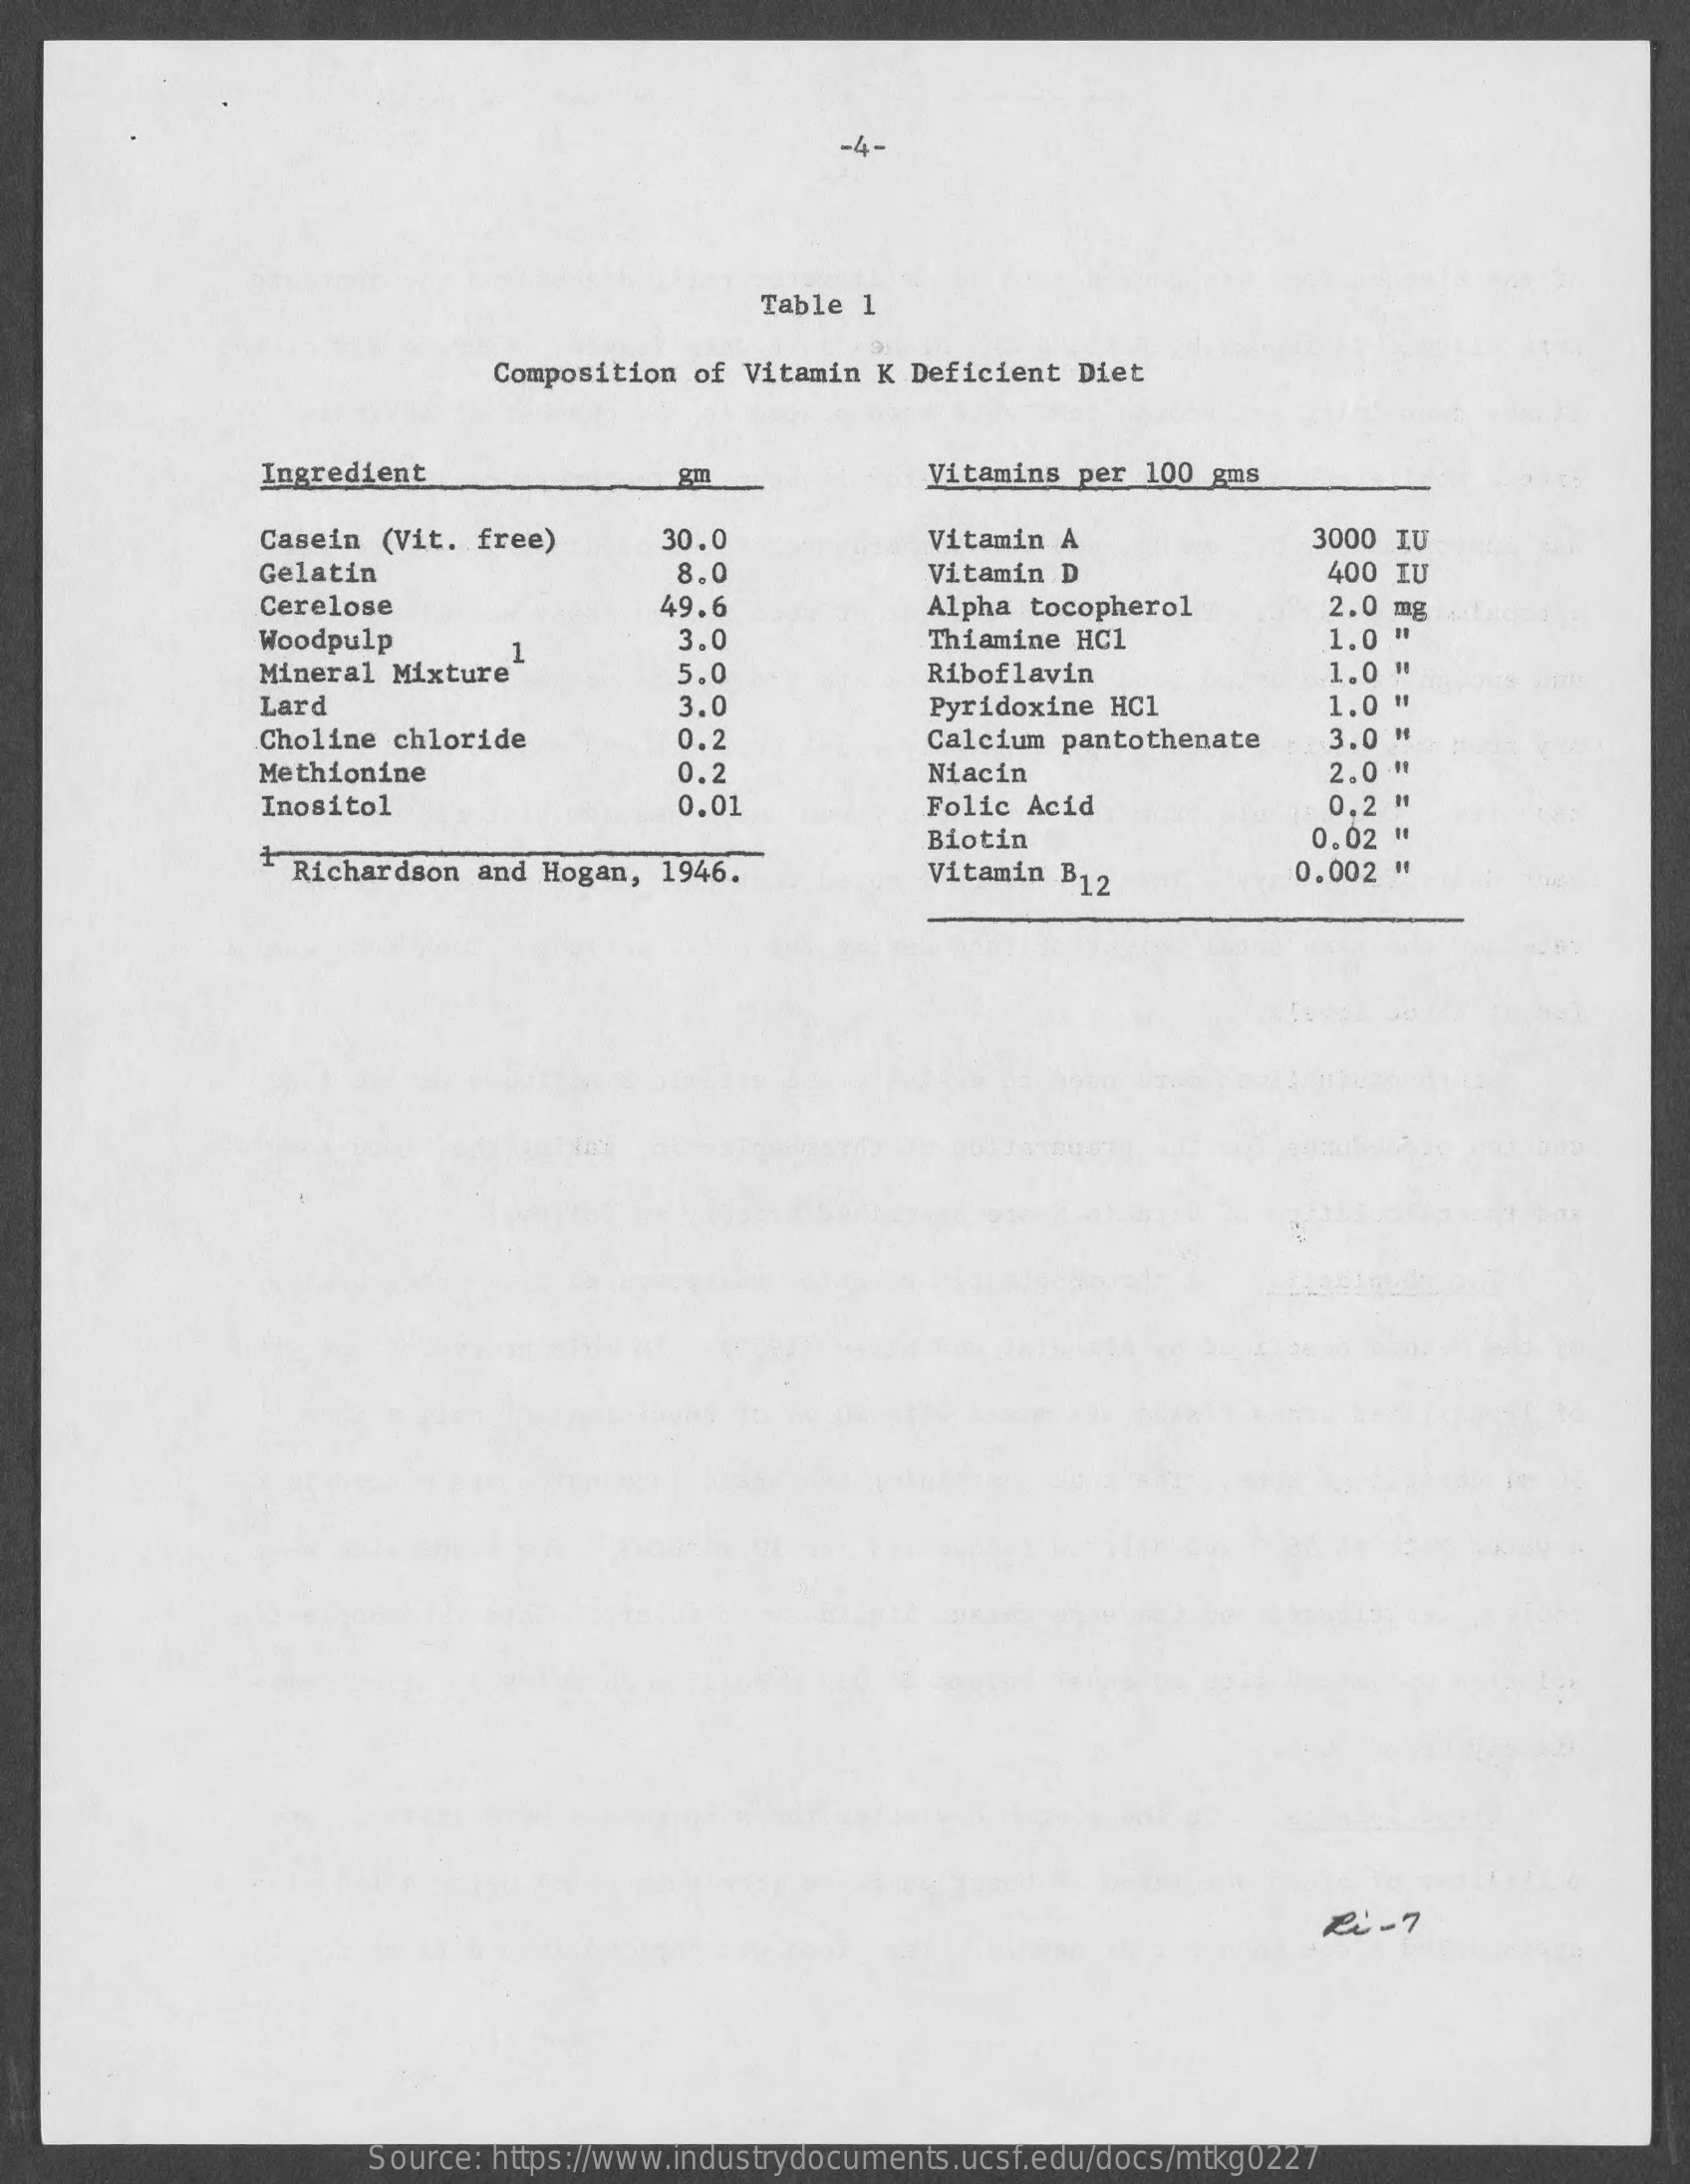
-4-
     Table 1
     Composition of Vitamin K Deficient  Diet
     Ingredient    gm    Vitamins per 100 gms
     Casein  (Vit. free)    30.0    Vitamin A    3000 IU
     Gelatin    8.0    Vitamin D    400 IU
     Cerelose    49.6    Alpha tocopherol    2.0 mg
     Woodpulp    3.0    Thiamine HC1    1.0 "
     Mineral Mixture
     1
     5,0    Riboflavin    1.0 "
     Lard    3.0    Pyridoxine HC1    1.0 "
     Choline chloride    0.2    Calcium pantothenate    3.0 *
     Methionine    0.2    Niacin    2.0 "
     Inositol    0.01    Folic Acid    0.2 H
     Richardson  and Hogan, 1946.
     Biotin    0.02 "
     Vitamin B12    0.002 "
     Source: https://www.industrydocuments.ucsf.edu/docs/mtkg0227